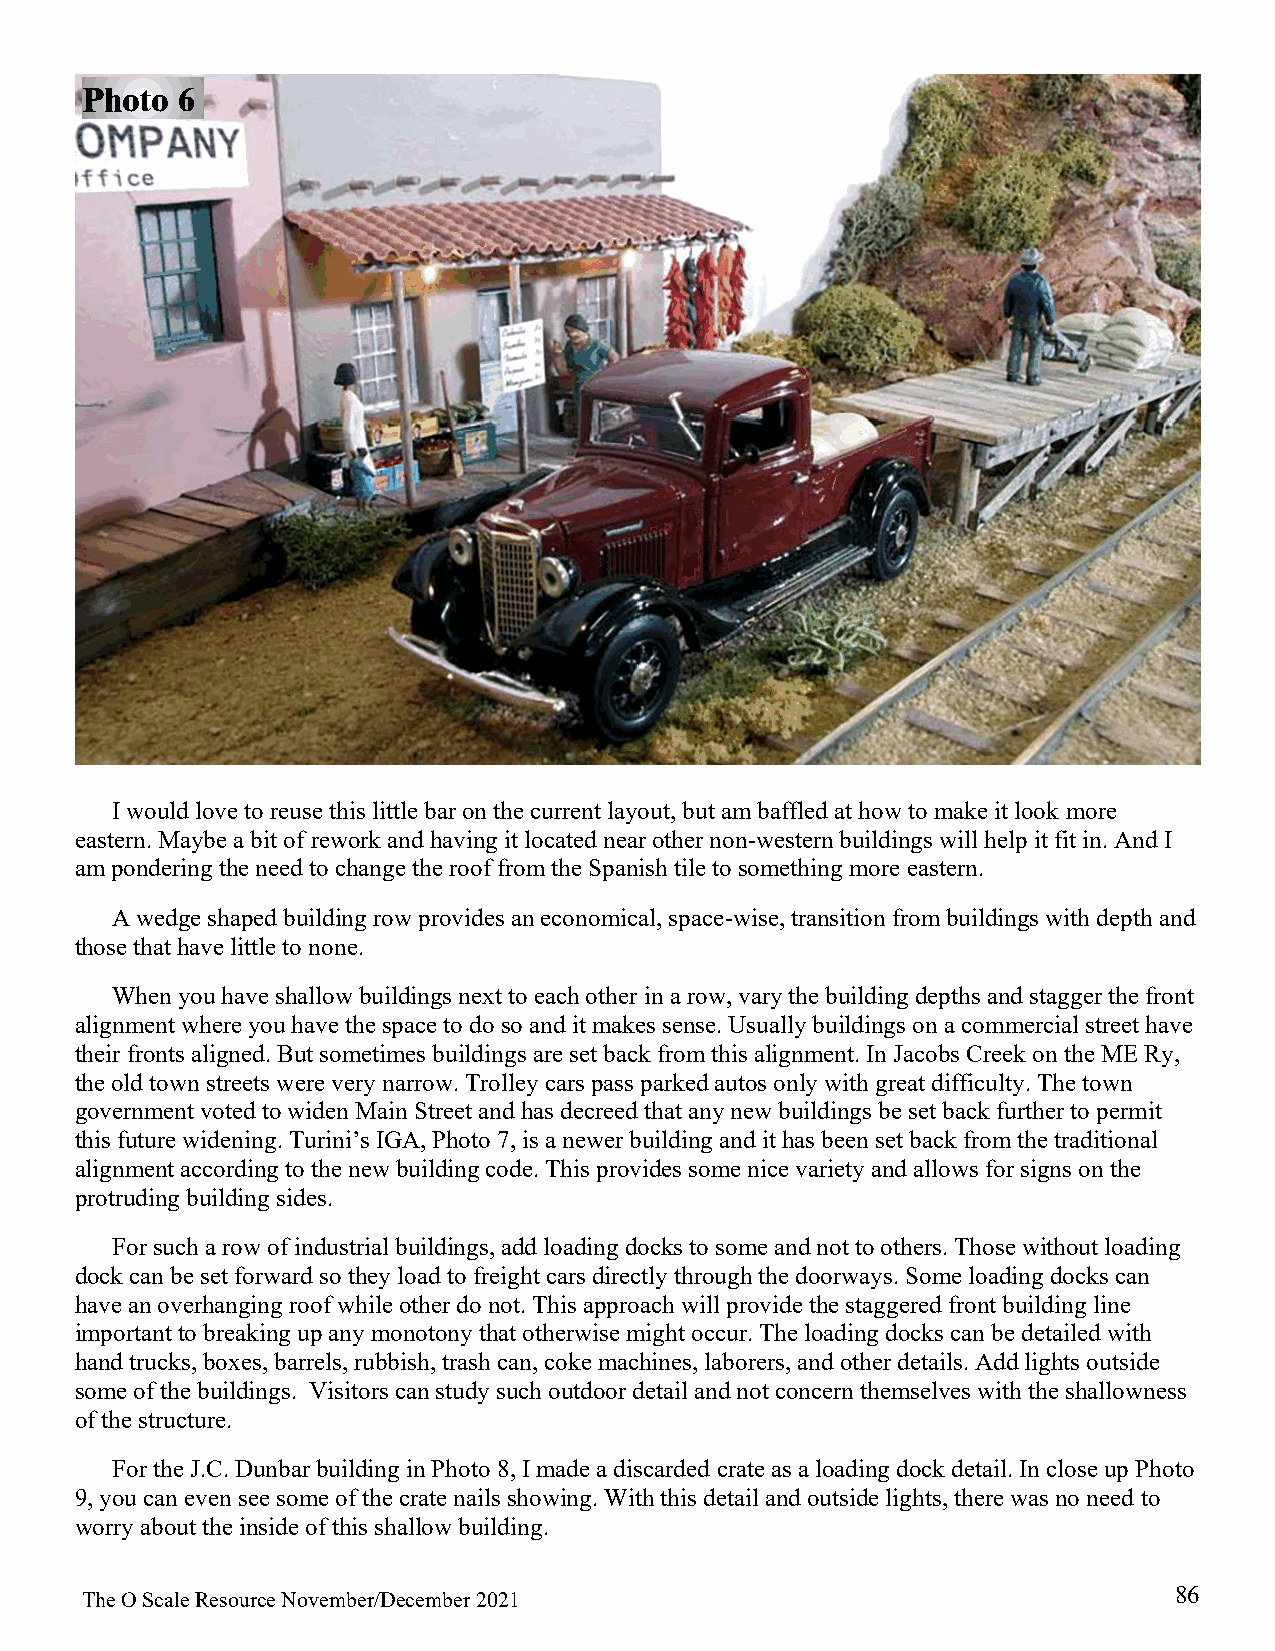
Photo  6
 I would love to reuse this little bar on the current layout, but am baffled at how to make it look more
 eastern. Maybe a bit of rework and having it located near other non-western buildings will help it fit in. And I
 am pondering the need to change the roof from the Spanish tile to something more eastern.
 A wedge shaped building row provides an economical, space-wise, transition from buildings with depth and
 those that have little to none.
 When you have shallow buildings next to each other in a row, vary the building depths and stagger the front
 alignment where you have the space to do so and it makes sense. Usually buildings on a commercial street have
 their fronts aligned. But sometimes buildings are set back from this alignment. In Jacobs Creek on the ME Ry,
 the old town streets were very narrow. Trolley cars pass parked autos only with great difficulty. The town
 government voted to widen Main Street and has decreed that any new buildings be set back further to permit
 this future widening. Turini’s IGA, Photo 7, is a newer building and it has been set back from the traditional
 alignment according to the new building code. This provides some nice variety and allows for signs on the
 protruding building sides.
 For such a row of industrial buildings, add loading docks to some and not to others. Those without loading
 dock can be set forward so they load to freight cars directly through the doorways. Some loading docks can
 have an overhanging roof while other do not. This approach will provide the staggered front building line
 important to breaking up any monotony that otherwise might occur. The loading docks can be detailed with
 hand trucks, boxes, barrels, rubbish, trash can, coke machines, laborers, and other details. Add lights outside
 some of the buildings. Visitors can study such outdoor detail and not concern themselves with the shallowness
 of the structure.
 For the J.C. Dunbar building in Photo 8, I made a discarded crate as a loading dock detail. In close up Photo
 9, you can even see some of the crate nails showing. With this detail and outside lights, there was no need to
 worry about the inside of this shallow building.
 86
 The O Scale Resource November/December 2021